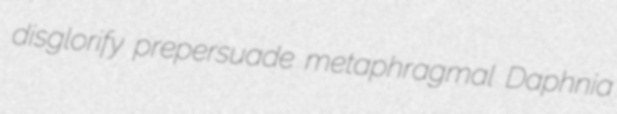
disglorify prepersuade metaphragmal Daphnia